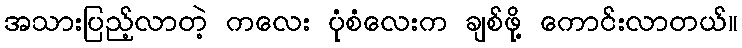
အသားပြည့်လာတဲ့ ကလေး ပုံစံလေးက ချစ်ဖို့ ကောင်းလာတယ်။